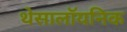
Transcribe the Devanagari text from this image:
थेसालॉयनिक